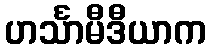
ဟင်္သာမီဒီယာက